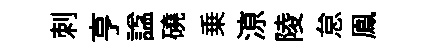
刺亨諡磽乗鿌陵怠鳯